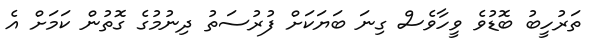
ތަރުހީބު ބޮޑުވެ ވީހާވެސް ގިނަ ބަޔަކަށް ފުރުސަތު ދިނުމުގެ ގޮތުން ކަމަށް އެ